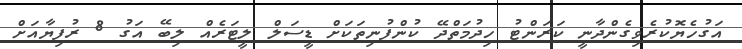
އަގުހެޔޮކުރެވިގެންދާނީ ކަރަންޓު ހިދުމަތްދޭ ކުންފުނިތަކަށް ޑީސަލް ލީޓަރެއް ލިބޭ އަގު 8 ރުފިޔާއަށް